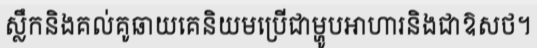
ស្លឹកនិងគល់គូឆាយគេនិយមប្រើជាម្ហូបអាហារនិងជាឱសថ។